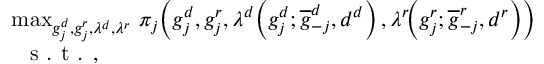
\begin{array} { r l } & { \! \! \! \operatorname* { m a x } _ { g _ { j } ^ { d } , g _ { j } ^ { r } , \lambda ^ { d } , \lambda ^ { r } } \ \! \pi _ { j } \! \left( g _ { j } ^ { d } , g _ { j } ^ { r } , \lambda ^ { d } \! \left( g _ { j } ^ { d } ; \overline { { g } } _ { - j } ^ { d } , d ^ { d } \right) , \lambda ^ { r } \! \! \left( g _ { j } ^ { r } ; \overline { { g } } _ { - j } ^ { r } , d ^ { r } \right) \right) } \\ & { \textrm { s . t . } , } \end{array}